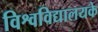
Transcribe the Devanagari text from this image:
विश्वविद्यालयके